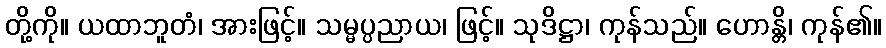
တို့ကို။ ယထာဘူတံ၊ အားဖြင့်။ သမ္မပ္ပညာယ၊ ဖြင့်။ သုဒိဋ္ဌာ၊ ကုန်သည်။ ဟောန္တိ၊ ကုန်၏။